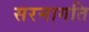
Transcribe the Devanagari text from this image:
सरनागति